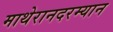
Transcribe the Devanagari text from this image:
माथेरानदरम्यान